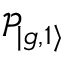
\mathcal { P } _ { | g , 1 \rangle }